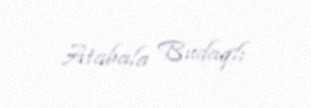
Atabala Budaqlı